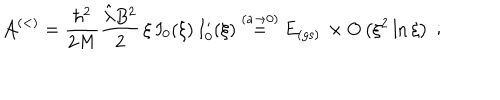
{ \mathcal A } ^ { ( < ) } = \frac { \hbar ^ { 2 } } { 2 M } \frac { \hat { \lambda } B ^ { 2 } } { 2 } \, \xi \, I _ { 0 } ( \xi ) \, I _ { 0 } ^ { \prime } ( \xi ) \stackrel { ( a \rightarrow 0 ) } { = } E _ { \mathrm { ( g s ) } } \, \times O \left( \xi ^ { 2 } \ln \xi \right) \; ;